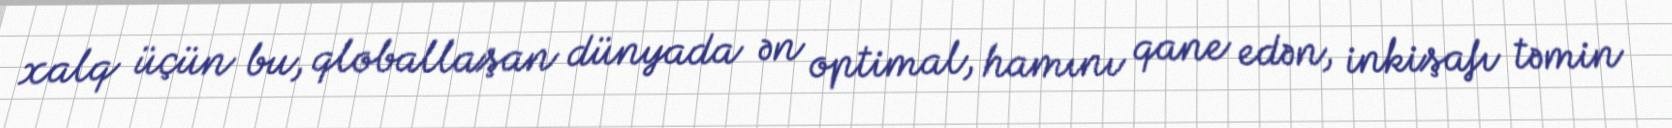
xalq üçün bu, qloballaşan dünyada ən optimal, hamını qane edən, inkişafı təmin